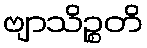
ဗျာသိဉ္စတိ